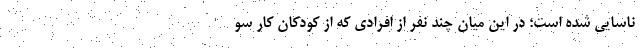
ناسایی شده است؛ در این میان چند نفر از افرادی که از کودکان کار سو